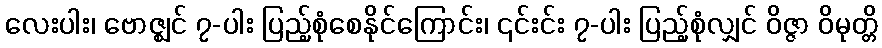
လေးပါး၊ ဗောဇ္ဈင် ၇-ပါး ပြည့်စုံစေနိုင်ကြောင်း၊ ၎င်းင်း ၇-ပါး ပြည့်စုံလျှင် ဝိဇ္ဇာ ဝိမုတ္တိ